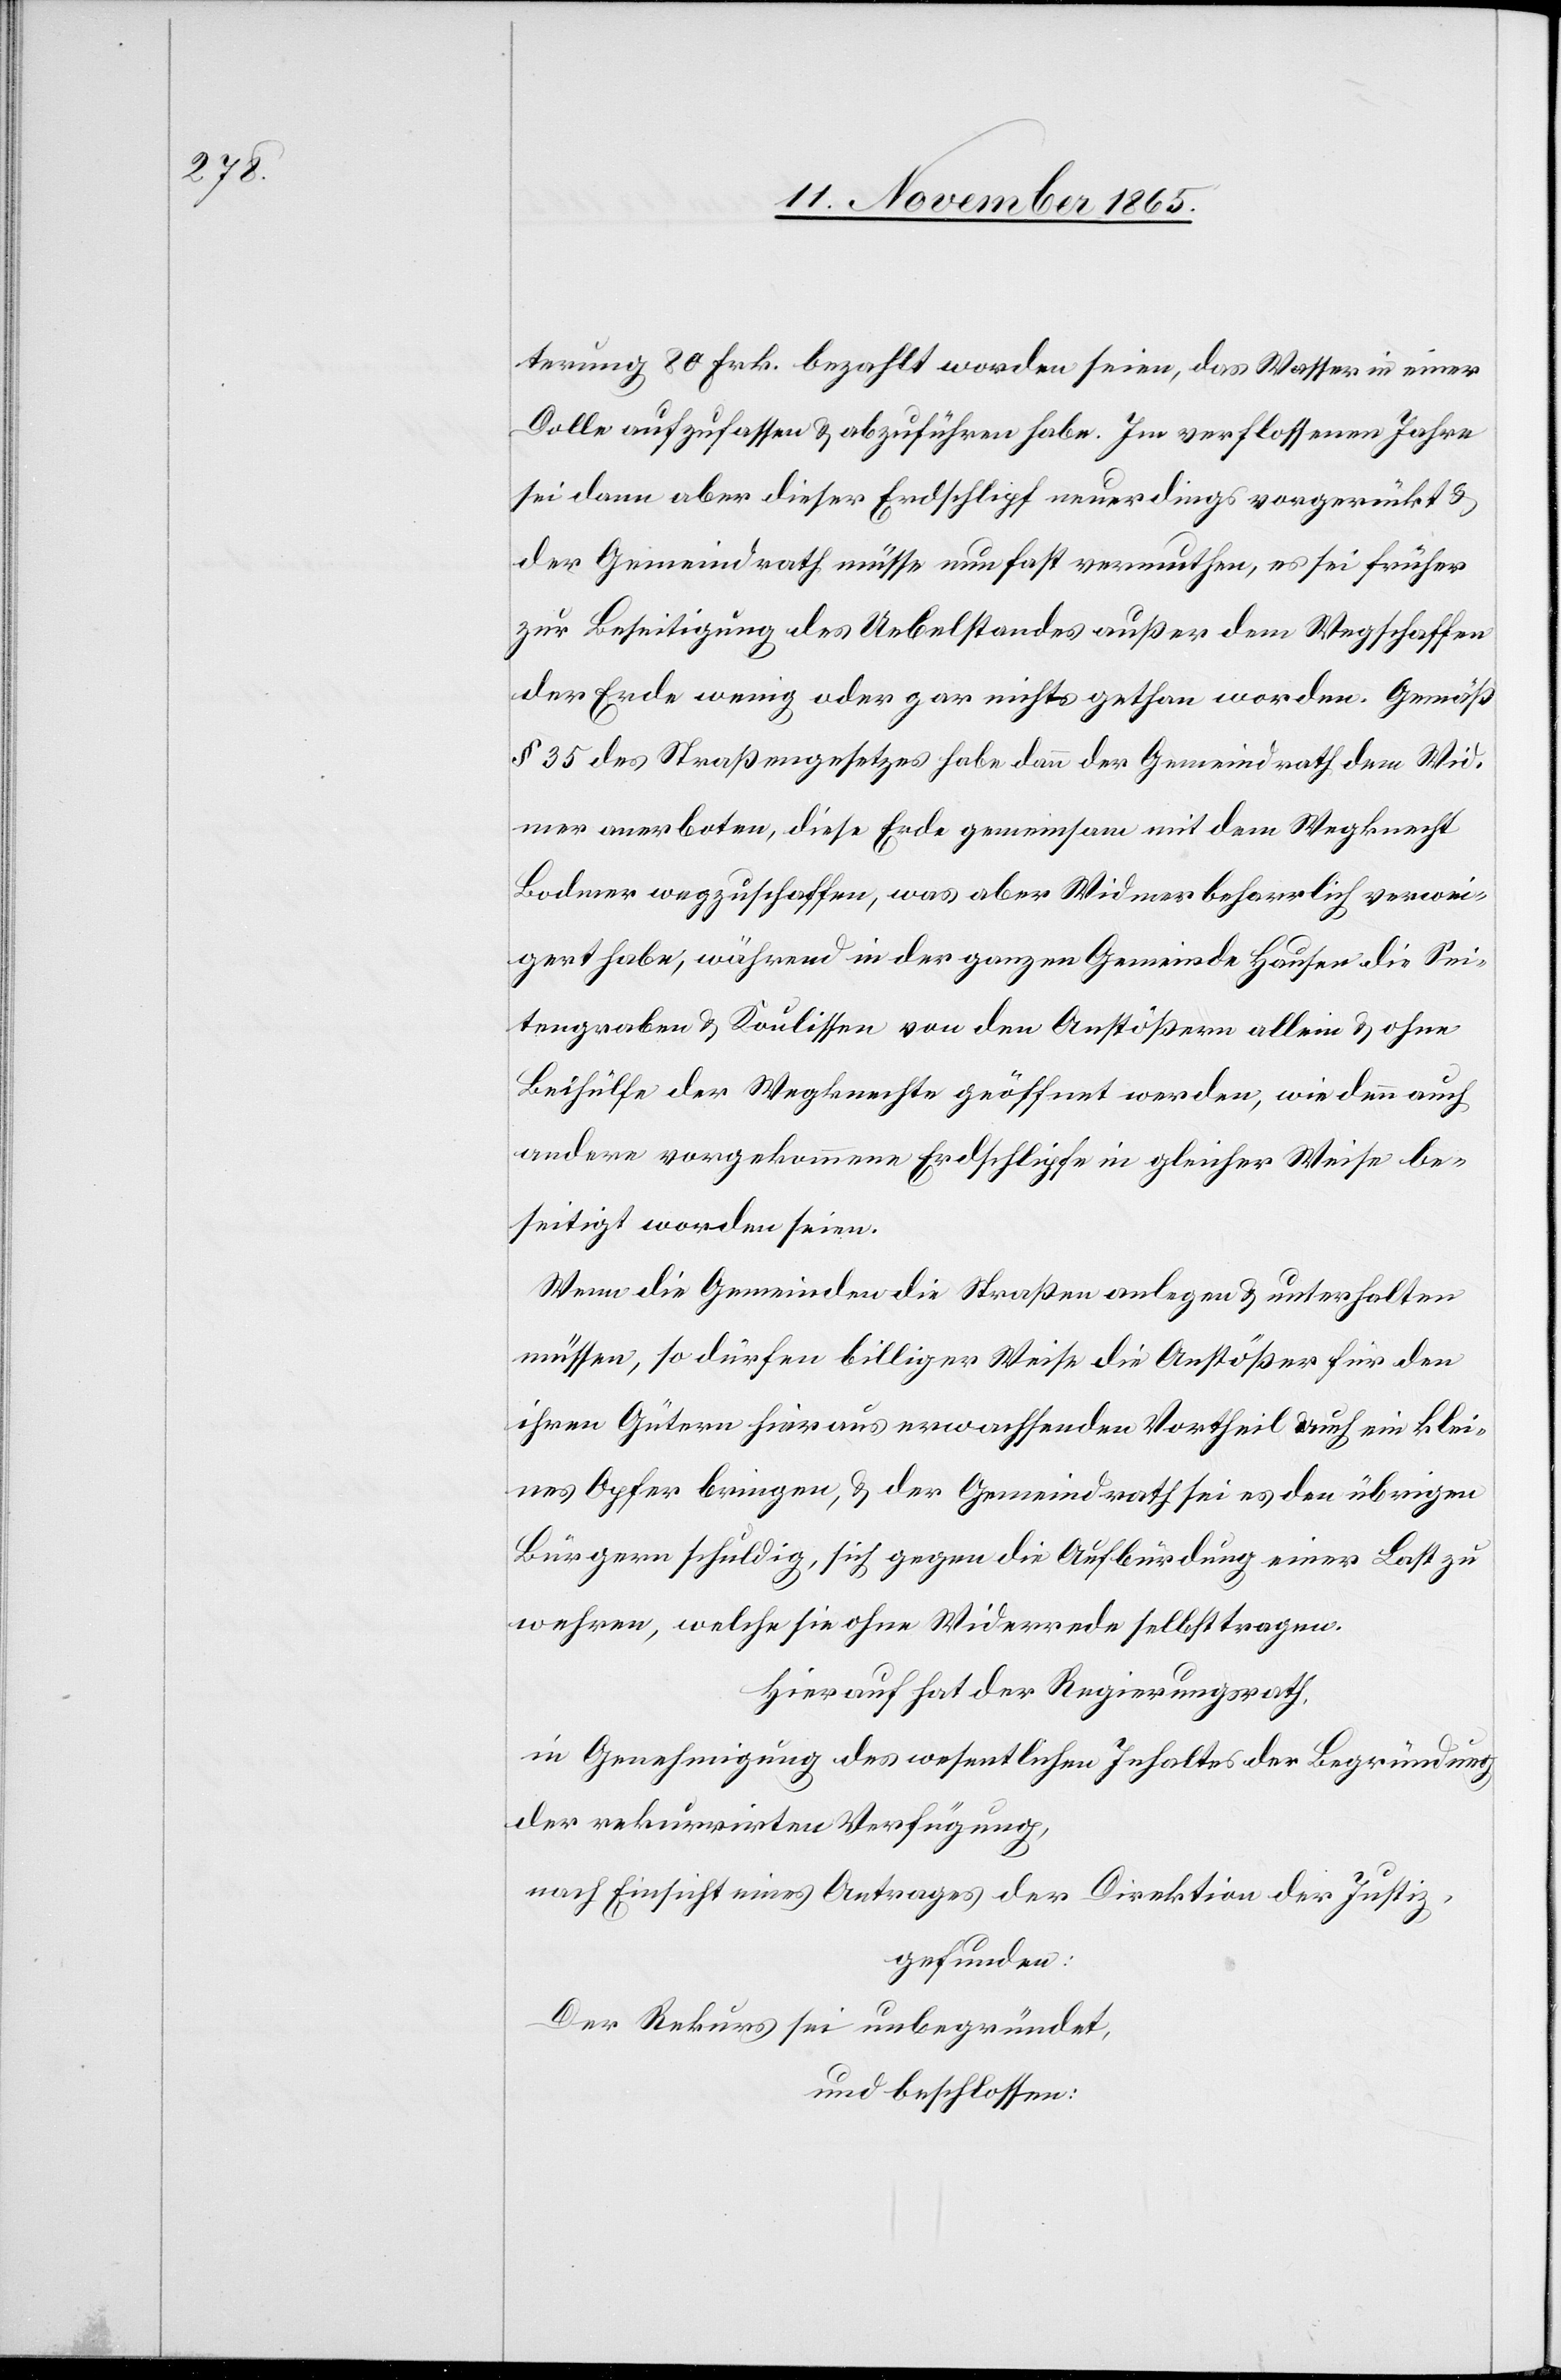
terung 80 Frk. bezahlt worden seien, das Wasser in einer
Dolle aufzufassen & abzuführen habe. Im verflossenen Jahre
sei dann aber dieser Erdschlipf neuerdings vorgerückt &
der Gemeindrath müsse nun fast vermuthen, es sei früher
zur Beseitigung des Uebelstandes außer dem Wegschaffen
der Erde wenig oder gar nichts gethan worden. Gemäß
§ 35 des Straßengesetzes habe dann der Gemeindrath dem Wid¬
mer anerboten, diese Erde gemeinsam mit dem Wegknecht
Bodmer wegzuschaffen, was aber Widmer beharrlich verwei¬
gert habe, während in der ganzen Gemeinde Hausen die Sei¬
tengraben & Koulissen von den Anstößern allein & ohne
Beihülfe der Wegknechte geöffnet werden, wie denn auch
andere vorgekommene Erdschlipfe in gleicher Weise be¬
seitigt worden seien.
Wenn die Gemeinde die Straßen anlegen & unterhalten
müsse, so dürfen billiger Weise die Anstößer für den
ihren Gütern hieraus erwachsenden Vortheil auch ein klei¬
nes Opfer bringen, & der Gemeindrath sei es den übrigen
Bürgern schuldig, sich gegen die Aufbürdung einer Last zu
wehren, welche sie ohne Widerrede selbst tragen.
Hierauf hat der Regierungsrath,
in Genehmigung des wesentlichen Inhaltes der Begründung
der rekurrirten Verfügung,
nach Einsicht eines Antrages der Direktion der Justiz,
gefunden:
der Rekurs sei unbegründet,
und beschlossen: